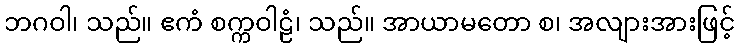
ဘဂဝါ၊ သည်။ ဧကံ စက္ကဝါဠံ၊ သည်။ အာယာမတော စ၊ အလျားအားဖြင့်